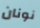
نونان